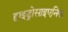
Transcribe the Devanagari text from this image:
हाइड्रोसाइएनिक